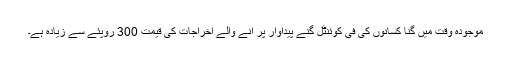
موجودہ وقت میں گنا کسانوں کی فی کوئنٹل گنے پیداوار پر آنے والے اخراجات کی قیمت 300 روپئے سے زیادہ ہے۔